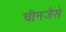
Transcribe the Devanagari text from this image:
चीनजैसे